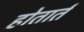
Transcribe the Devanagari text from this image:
होतार्त